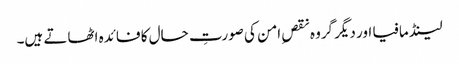
لینڈ مافیا اور دیگر گروہ نقصِ امن کی صورتِ حال کا فائدہ اٹھاتے ہیں۔